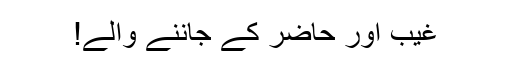
غیب اور حاضر کے جاننے والے!